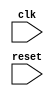
module my_module (
    input wire clk,
    input wire reset,
    // Your input and output ports here
    
);

// Your internal signals and registers here

always @(negedge clk) begin
    // Your code or behavior here
end

endmodule